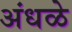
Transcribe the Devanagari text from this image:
अंधळे